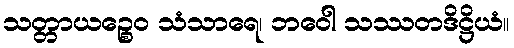
သတ္တာယဉ္စေဝ သံသာရေ၊ ဘဝေါ သဿတဒိဋ္ဌိယံ။